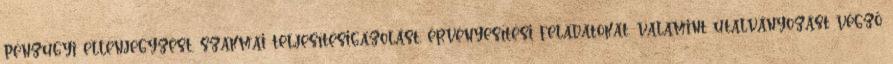
pénzügyi ellenjegyzést, szakmai teljesítésigazolást, érvényesítési feladatokat, valamint utalványozást végző